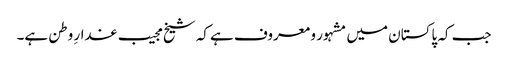
جب کہ پاکستان میں مشہور و معروف ہے کہ شیخ مجیب غدارِ وطن ہے۔